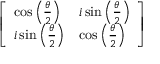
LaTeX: \left[ \begin{array} { l l } { \cos \left( { \frac { \theta } { 2 } } \right) } & { i \sin \left( { \frac { \theta } { 2 } } \right) } \\ { i \sin \left( { \frac { \theta } { 2 } } \right) } & { \cos \left( { \frac { \theta } { 2 } } \right) } \end{array} \right]